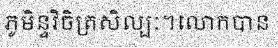
ភូមិន្ទវិចិត្រសិល្បៈ។លោកបាន